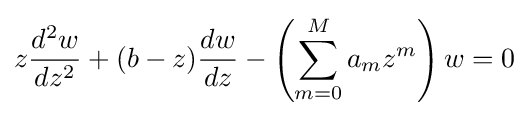
z{\frac {d^{2}w}{dz^{2}}}+(b-z){\frac {dw}{dz}}-\left(\sum _{m=0}^{M}a_{m}z^{m}\right)w=0